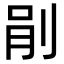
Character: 剈